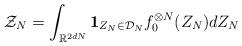
LaTeX: \begin{align*}\mathcal{Z}_N = \int_{\mathbb{R}^{2dN}}\mathbf{1}_{Z_N \in \mathcal{D}_N} f_0^{\otimes N} (Z_N) dZ_N\end{align*}